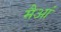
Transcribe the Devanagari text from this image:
मैआं